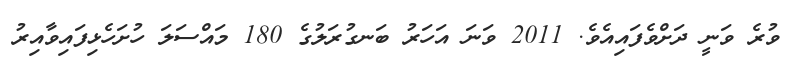
ވުރެ ވަނީ ދަށްވެފައިއެވެ. 2011 ވަނަ އަހަރު ބަނގުރަލުގެ 180 މައްސަލަ ހުށަހެޅިފައިވާއިރު